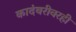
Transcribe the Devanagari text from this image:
कादंबरीवरही